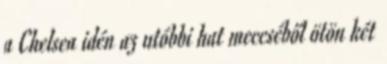
a Chelsea idén az utóbbi hat meccséből ötön két